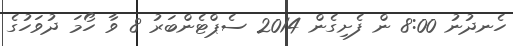
ހެނދުނު 8:00 ން ފެށިގެން 2014 ސެޕްޓެންބަރު 8 ވާ ހޯމަ ދުވަހުގެ